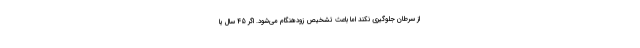
از سرطان جلوگیری نکند اما باعث تشخیص زودهنگام می‌شود. اگر 45 سال یا